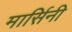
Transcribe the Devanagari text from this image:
मार्सिनी